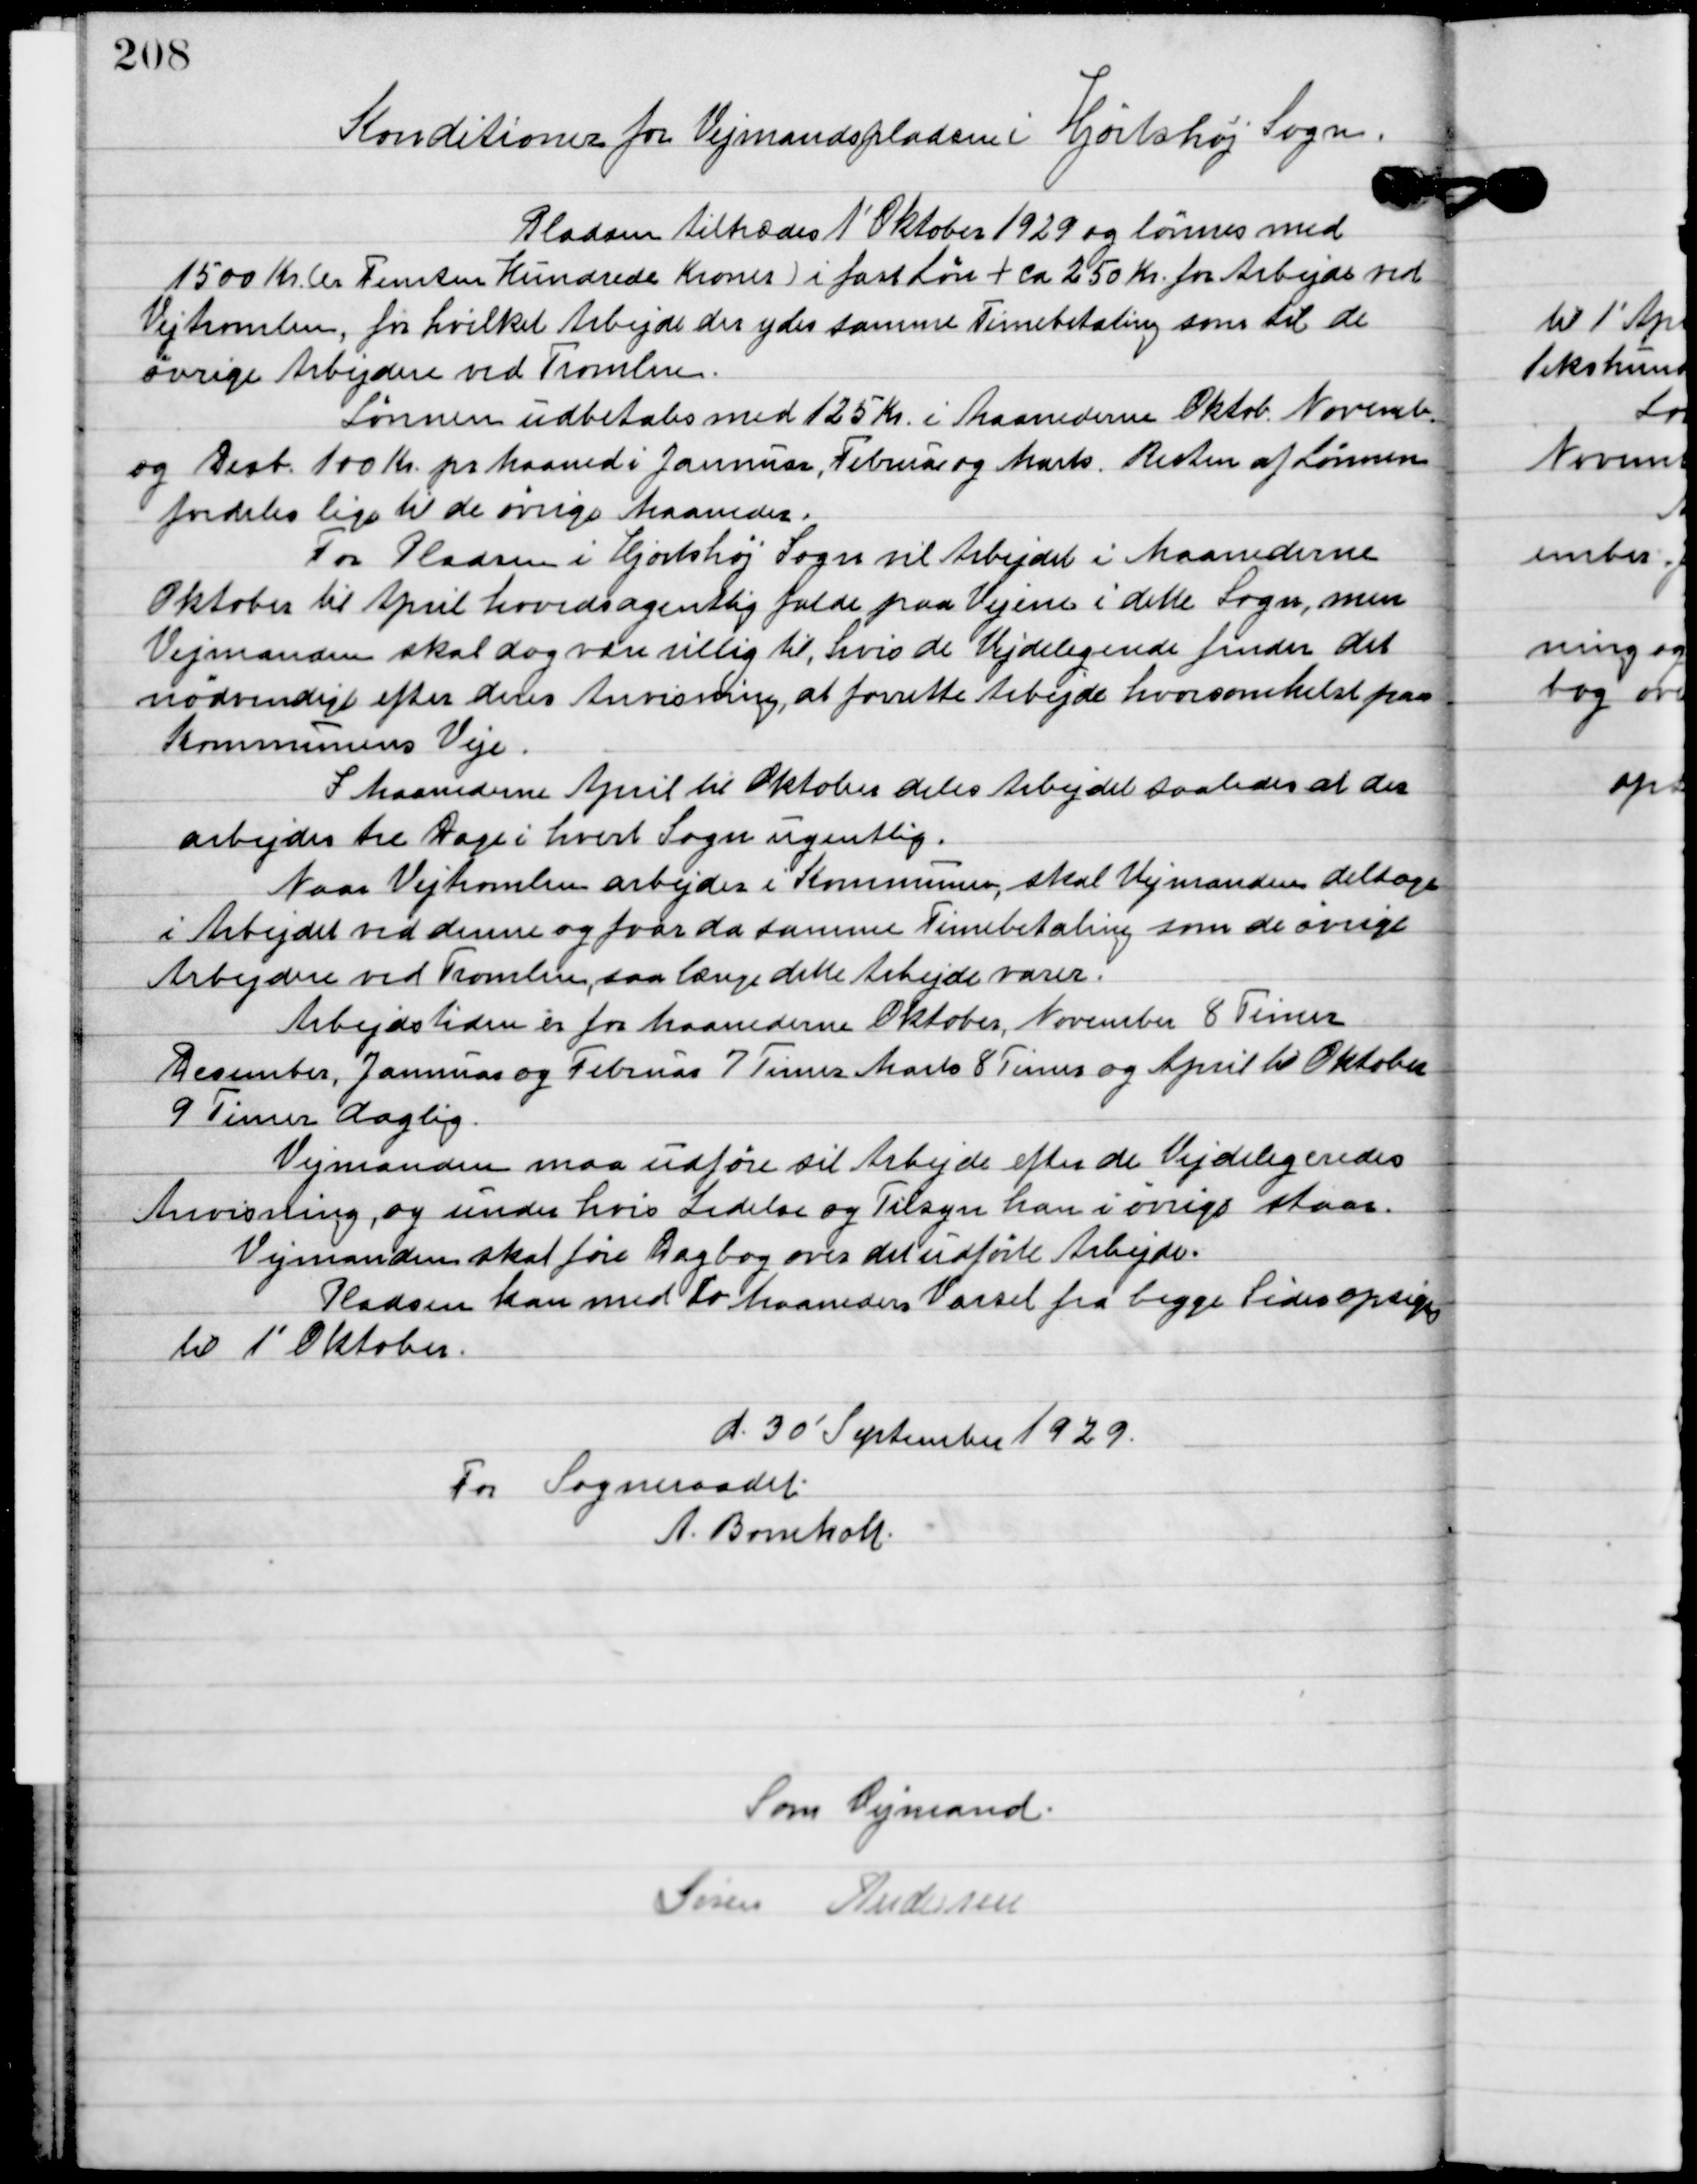
Transskription:
Konditioner for Vejmandspladsen i Hjortshøj sogn.

Pladserne tiltrodes 1´ Oktober 1929 og lønnes med
1500 Kr.(Femten Hundrede kroner) i fast Løn + ca 250 Kr. for Arbejde ved
Vejtromlen, for hvilket Arbejde des yders samme timebetaling som til de
øvrige Arbejdere ved Tromlen.
Lønnen udbetales med 125 Kr. i Maanederne Oktob. Novemb.
og Decb. 100 Kr. pr. maaned i Januar, Februar og Marts. Resten af Lønnen
fordeles lige til de øvrige Maaneder.
For Pladsen i Hjortshøj sogn vil Arbejdet i Maanederne
Oktober til april hovedsagelig falde paa vejene i dette Sogn, men
Vejmanden skal dog være villig til, hvis de Vejdeligende finder det
nødvendig efter deres Anvisning at forrette Arbejde hvor som helst
paa Kommunens Veje.
I Maanederne April til Oktober deles Arbejdet saaledes at der
arbejdes til Dage i hvert Sogn ugentlig.
Naar Vejtromlen arbejder i Kommunen skal Vejvanden deltage
i Arbejdet ved denne og for da samme Timebetaling som de øvrigt
Arbejdere ved Tromlen, saa længe dette Arbejde varer.
Arbejdstiden er for Maanederne Oktober, November 8 Timer
December, Januar og Februar 7 Timer. Marts 8 Timer og April til Oktober
9 Timer daglig.
Vejmanden maa udføre sit arbejde efter de Vejdelegeredes
Anvisning, og under hvis Ledelse og tilsyn han i øvrigt staes.
Vejmanden skal føre Dagbog om det udførte Arbejde.
Pladsen kan med To Maaneders Varsel fra begge sider opsiges
til 1´ Oktober.
d. 30´ September 1929
For Sogneraadet:
A.	Bomholt.

Som Vejmand:
Søren Andersen